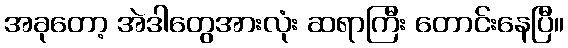
အခုတော့ အဲဒါတွေအားလုံး ဆရာကြီး တောင်းနေပြီ။